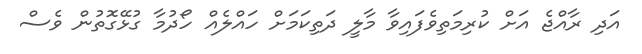
އަދި ރާއްޖެ އަށް ކުރިމަތިވެފައިވާ މާލީ ދަތިކަމަށް ހައްލެއް ހޯދުމާ ގުޅޭގޮތުން ވެސް